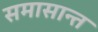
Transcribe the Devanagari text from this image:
समासान्त